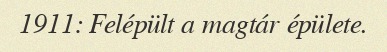
1911: Felépült a magtár épülete.